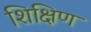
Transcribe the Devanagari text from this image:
शिक्षिण